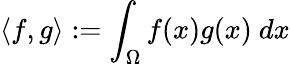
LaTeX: \langle f,g\rangle:=\int_{\Omega}f(x)g(x)\ dx